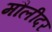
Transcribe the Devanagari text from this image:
मौलीदर